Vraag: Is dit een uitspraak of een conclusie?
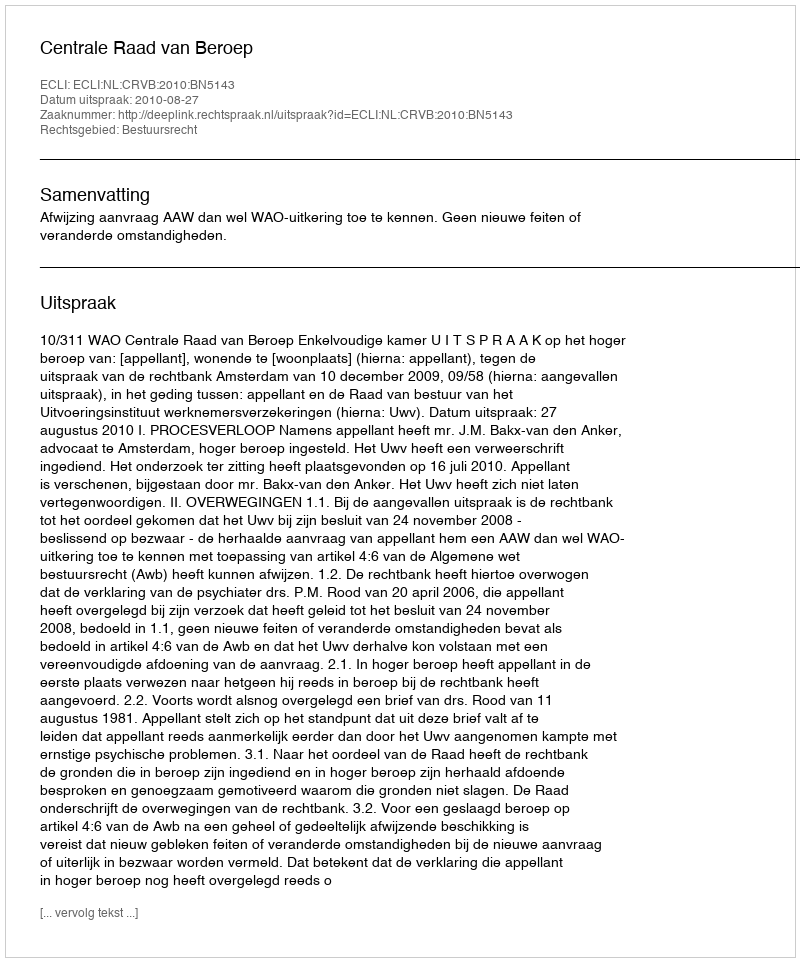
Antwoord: Uitspraak